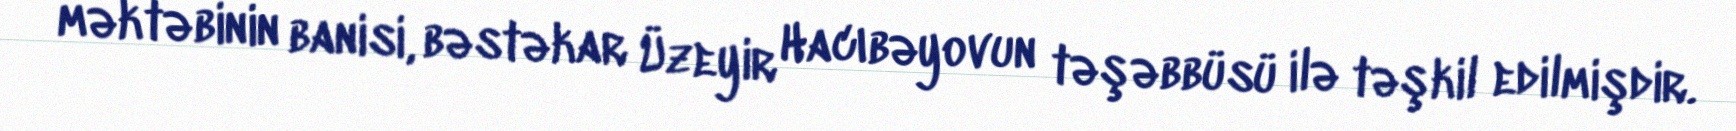
məktəbinin banisi, bəstəkar Üzeyir Hacıbəyovun təşəbbüsü ilə təşkil edilmişdir.